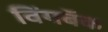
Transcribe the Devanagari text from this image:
विंगबॅक